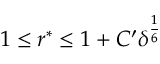
1 \leq r ^ { \ast } \leq 1 + C ^ { \prime } \delta ^ { \frac { 1 } { 6 } }